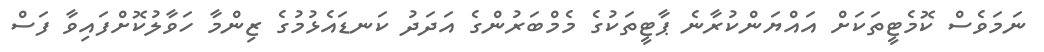
ނަމަވެސް ކޮމެޓީތަކަށް އައްޔަންކުރާނެ ޕާޓީތަކުގެ މެމްބަރުންގެ އަދަދު ކަނޑައެޅުމުގެ ޒިންމާ ހަވާލުކޮށްފައިވާ ފަސް